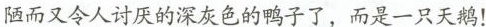
陋而又令人讨厌的深灰色的鸭子了，而是一只天鹅！